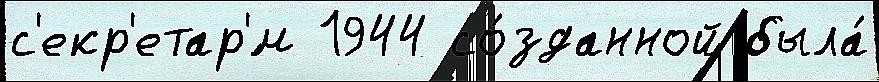
с'екр'етар'́м 1944 со́зданной была́